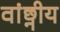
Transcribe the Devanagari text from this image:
वांछ्नीय